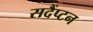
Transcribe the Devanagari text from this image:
सदैंप्टन